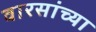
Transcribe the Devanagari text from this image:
वारसांच्या